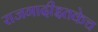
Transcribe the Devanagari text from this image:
राजगादीइतकेच